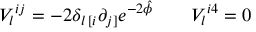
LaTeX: V _ { l } { } ^ { i j } = - 2 \delta _ { l \, [ i } \partial _ { j ] } e ^ { - 2 \hat { \phi } } \qquad V _ { l } { } ^ { i 4 } = 0